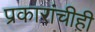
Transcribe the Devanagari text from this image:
प्रकारांचीही